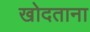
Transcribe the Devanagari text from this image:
खोदताना